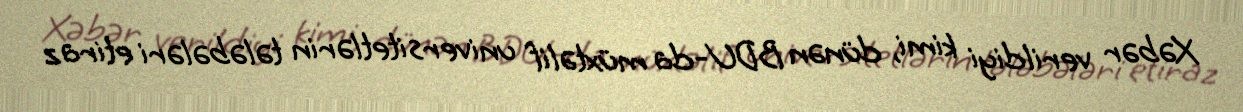
Xəbər verildiyi kimi, dünən BDU-da müxtəlif universitetlərin tələbələri etiraz